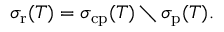
\sigma _ { \mathrm { r } } ( T ) = \sigma _ { \mathrm { c p } } ( T ) \setminus \sigma _ { \mathrm { p } } ( T ) .